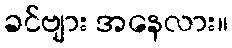
ခင်ဗျား အနေလား။